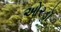
ઓરડૉ